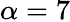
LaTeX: \alpha=7